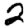
Digit: 2